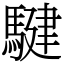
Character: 騝